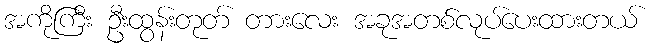
အကိုကြီး ဦးထွန်းတုတ် တားလေး အခုအတစ်လုပ်ပေးထားတယ်